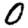
Digit: 0